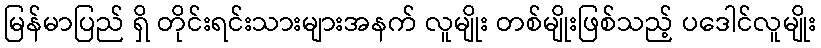
မြန်မာပြည် ရှိ တိုင်းရင်းသားများအနက် လူမျိုး တစ်မျိုးဖြစ်သည့် ပဒေါင်လူမျိုး